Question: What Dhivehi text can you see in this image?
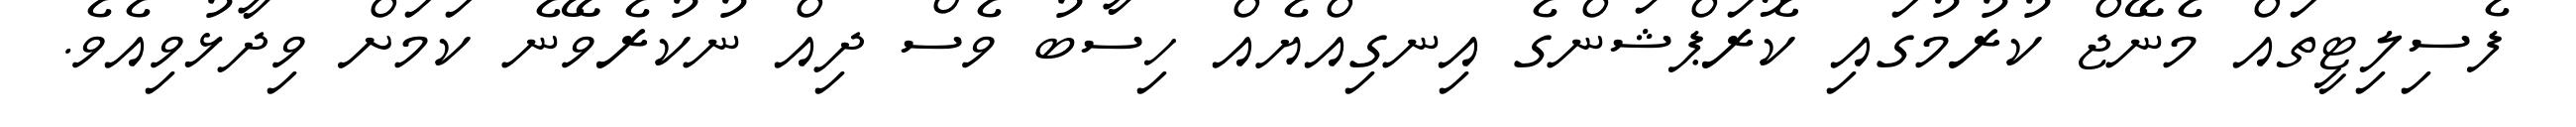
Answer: ފެސިލިޓީތައް މެނޭޖް ކުރުމުގައި ކޮރަޕްޝަންގެ އިނގިއްޔެއް ހިސާބު ވެސް ދިއް ނުކުރެވޭނެ ކަމަށް ވިދާޅުވިއެވެ.